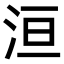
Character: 洹